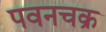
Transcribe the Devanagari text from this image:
पवनचक्र